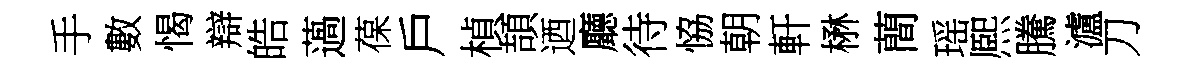
手數愒辯皓薖葆戶楨頡迺廳待恊朝軒楙蕳瑶熈騰瀘刀